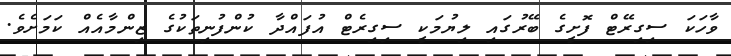
ވާހަކަ ސިގިރޭޓް ފޮށީގެ ބޭރުގައި ލިޔުމަކީ ސިގިރެޓް އުފައްދާ ކުންފުނިތަކުގެ ޒިންމާއެއް ކަމަށެވެ.